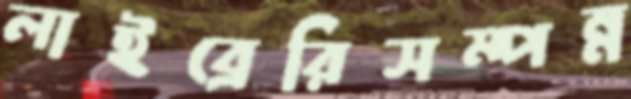
লাইব্রেরিসম্পন্ন